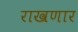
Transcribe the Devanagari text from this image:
राखणार